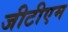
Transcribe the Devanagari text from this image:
जीटीएम